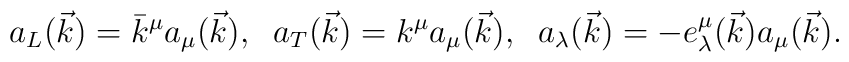
a_L(\vec{k})=\bar{k}^\mu a_\mu(\vec{k}),\;\; a_T(\vec{k})=k^\mu a_\mu(\vec{k}),\;\; a_\lambda(\vec{k})=-e_{\lambda}^\mu(\vec{k})a_\mu(\vec{k}).